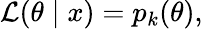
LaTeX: {\mathcal{L}}(\theta\mid x)=p_{k}(\theta),